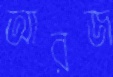
আরজ